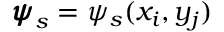
{ \pmb { \psi } } _ { s } = \psi _ { s } ( x _ { i } , y _ { j } )